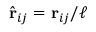
\hat { \mathbf { r } } _ { i j } = \mathbf { r } _ { i j } / \ell